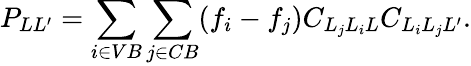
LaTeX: P_{LL^{\prime}}=\sum_{i\in VB}\sum_{j\in CB}(f_{i}-f_{j})C_{L_{j}L_{i}L}C_{L_{i}L_{j}L^{\prime}}.